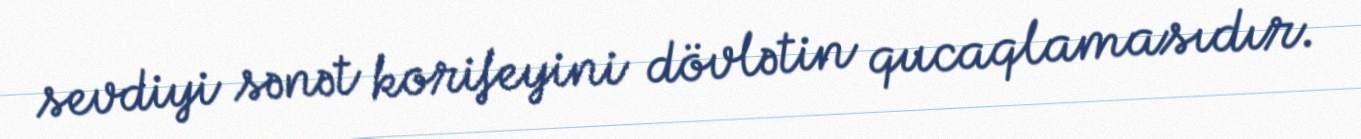
sevdiyi sənət korifeyini dövlətin qucaqlamasıdır.